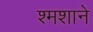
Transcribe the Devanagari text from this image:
श्मशाने